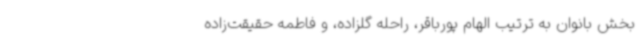
بخش بانوان به ترتیب الهام پورباقر، راحله گلزاده، و فاطمه حقیقت‌زاده